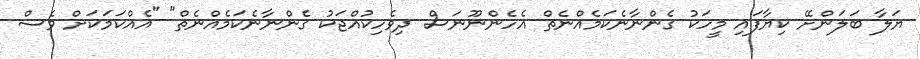
ޔަލާ ބަލަންށޭ ކިޔާފައި މީހަކު ގެންނާނެކަމެއްނެތް އެހެންނޫނަސް ދިވެހިކުއްޖަކު ގެންނާނެކަމެއްނެތް" "އެއްކަމަކަށް ވެސް